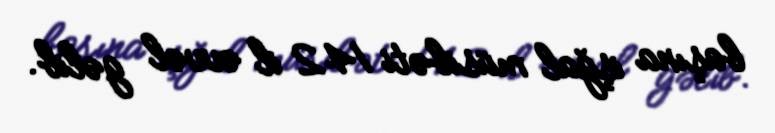
başına işğal müsibəti 142 il əvvəl gəlib.